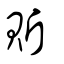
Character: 𧵆